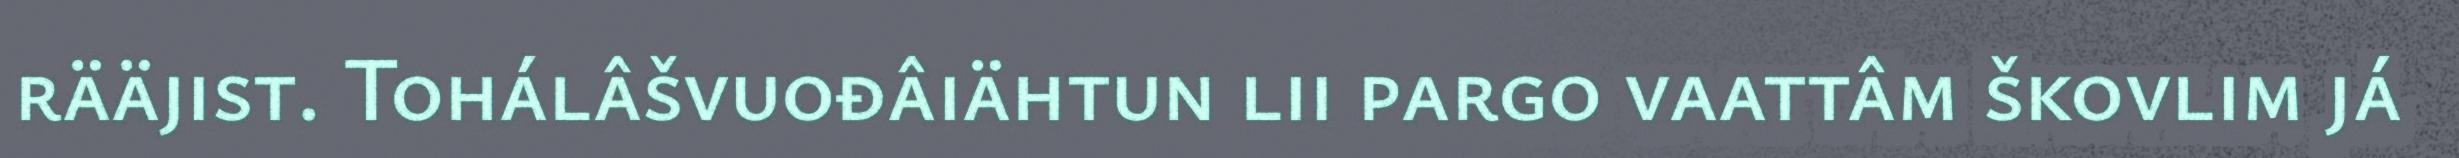
rääjist. Tohálâšvuođâiähtun lii pargo vaattâm škovlim já